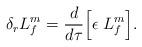
LaTeX: \begin{align*}\delta_{r} L_{f}^m = \frac{d}{d\tau} \Bigl [ \epsilon \; L_{f}^m \Bigr ].\end{align*}